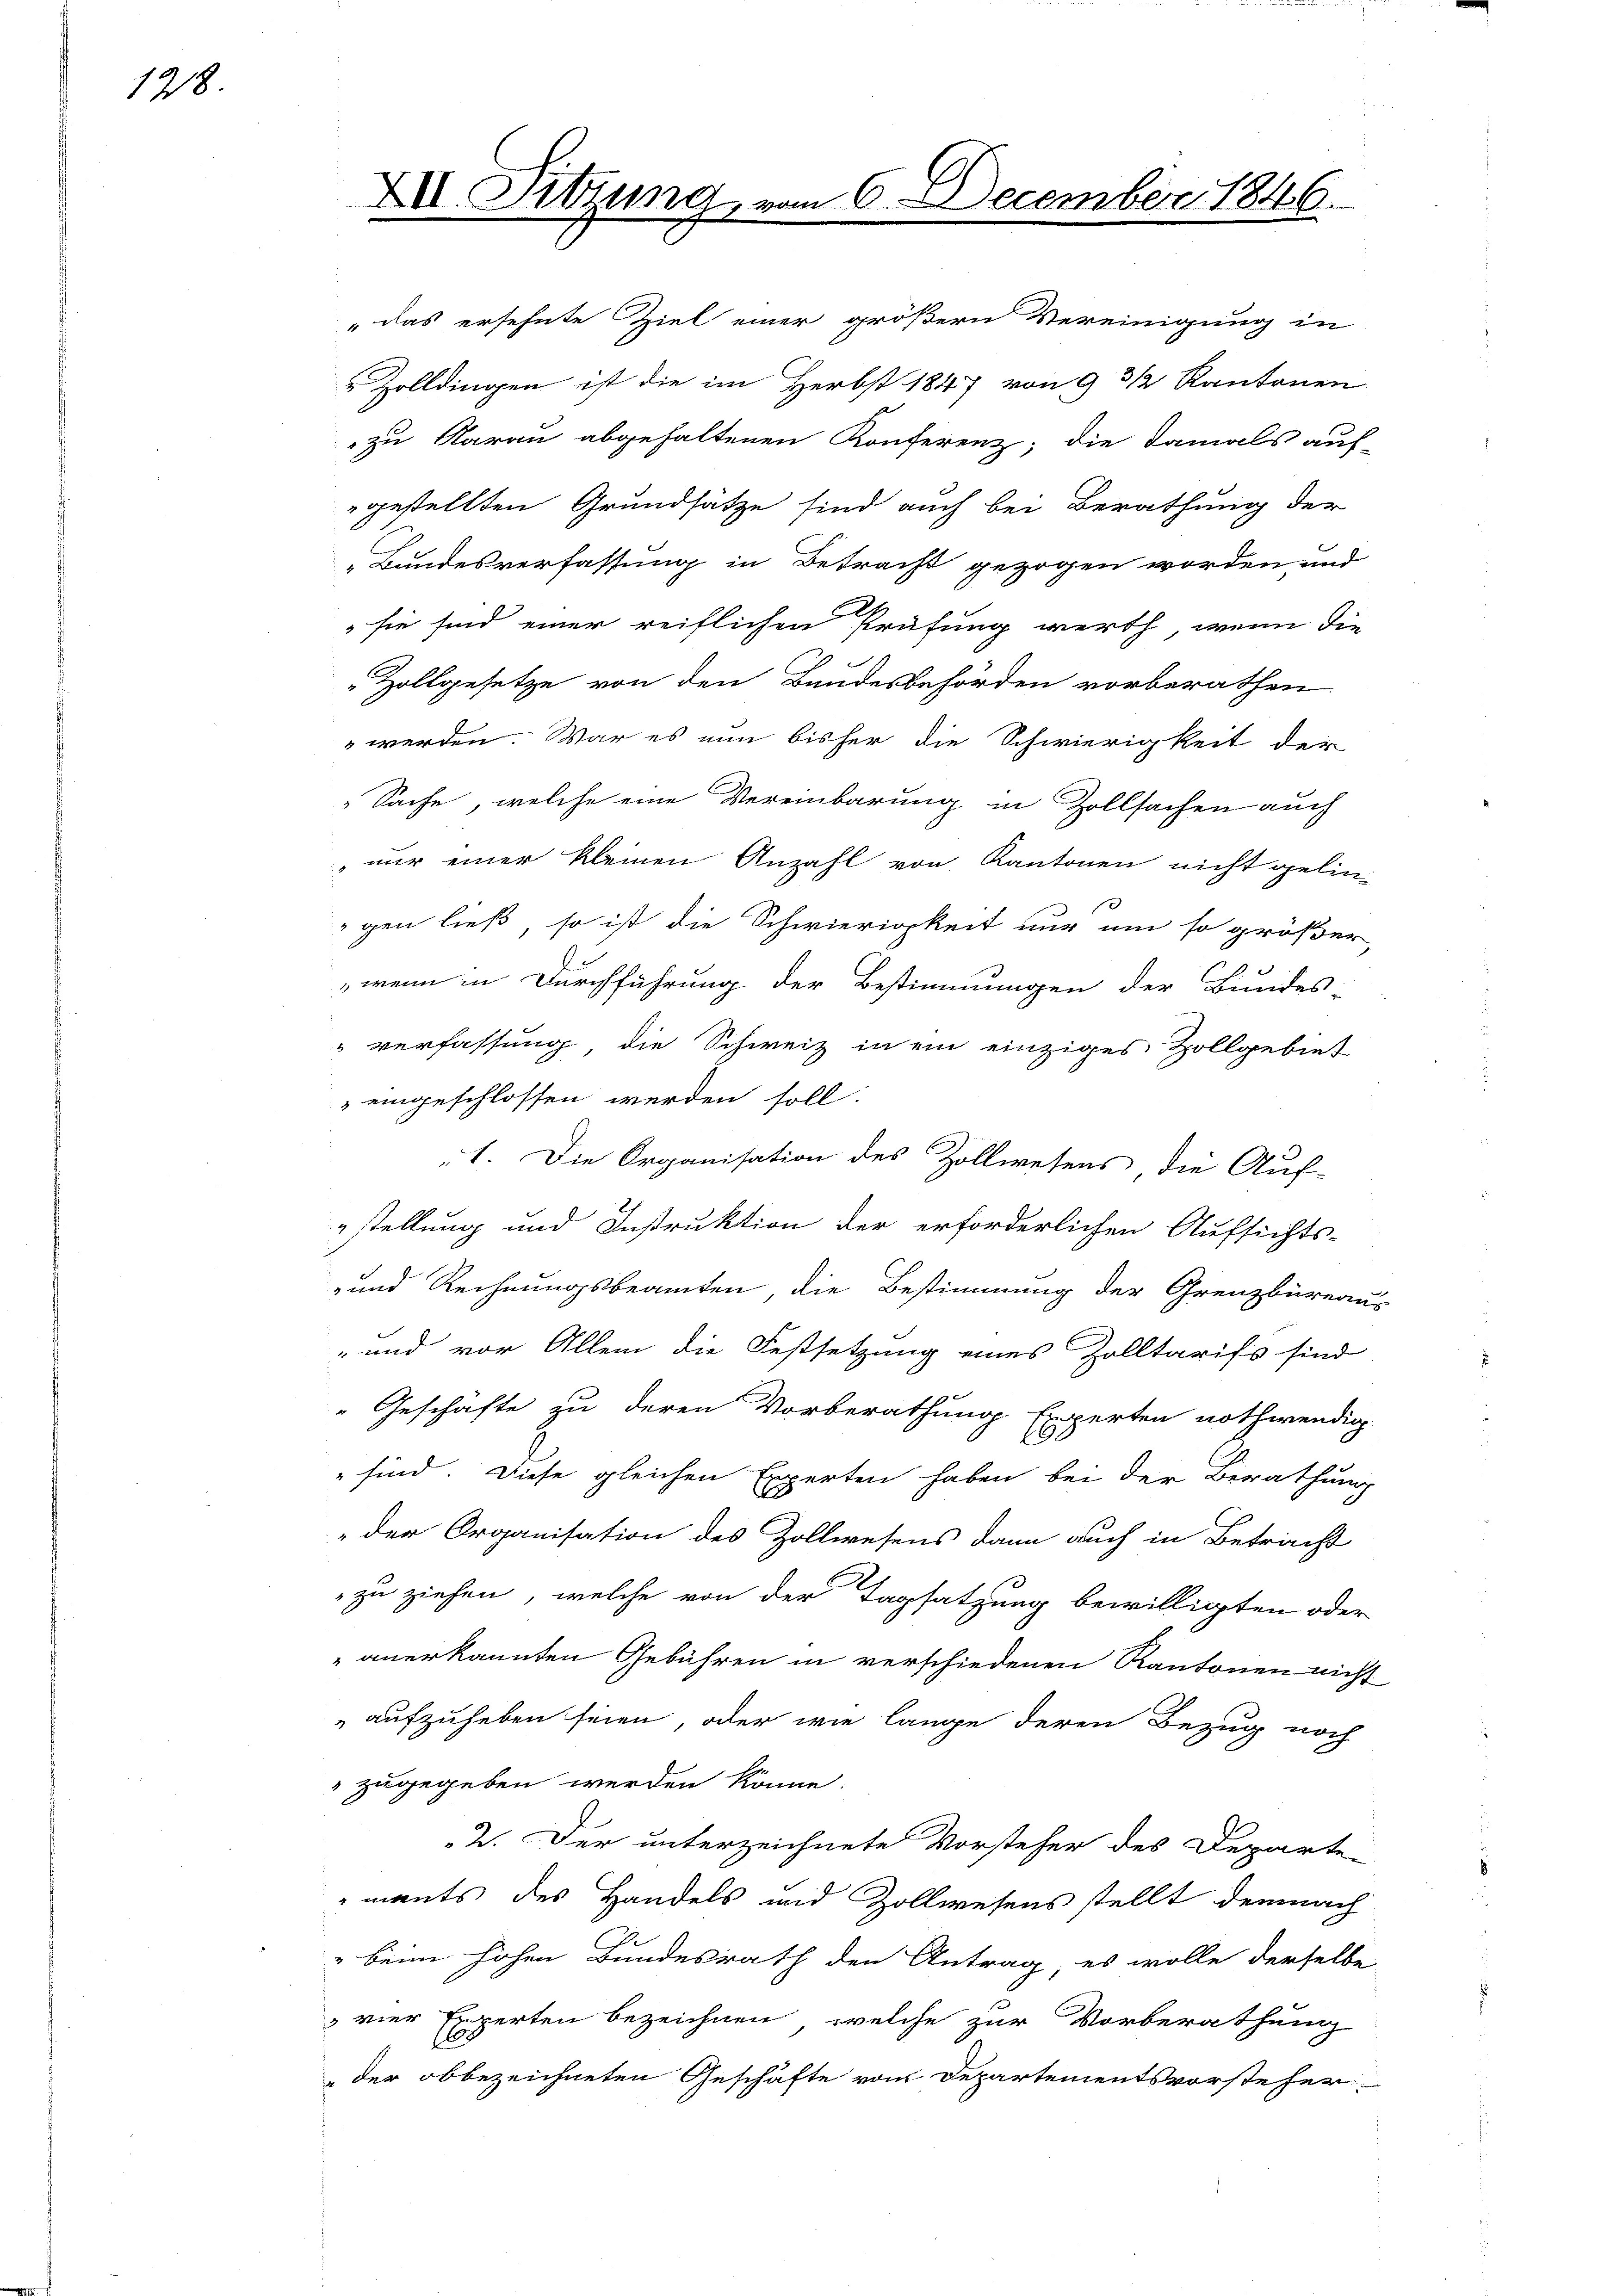
1218

"das ersehnte Ziel einer größern Vereinigung in
" Zolldingen ist die im Herbst 1847 von 9 3 1/2 Kantonen
zu Aarau abgehaltenen Konferenz; die Damals auf-
gestellten Grundsätze sind auch bei Berathung der
„Bundesverfassung in Betracht gezogen worden, und
sie sind einer reiflichen Prüfung werth, wenn die
Zollgesetze von den Bandesbehörden vorberathen
 werden. War es nun bisher die Schwierigkeit der
Sache, welche eine Vereinbarung in Zollsachen auch
 nur einer kleinen Anzahl von Kantonen nicht gelin-
e
gen ließ, so ist die Schwierigkeit nur um so größer
wenn in Durchführung der Bestimmungen der Bundes-
verfassung, die Schweiz in ein einziges Zollgebiet
eingeschlossen werden soll.
„1. Die Organisation des Zollwesens die Auf-
stellung und Instruktion der erforderlichen Aufsichts-
-und Rechnungsbeamten, die Bestimmung der Grenzbüreaus
-und vor Allem die Festsetzung eines Zolltarifs sind
"Geschäfte zu deren Vorberathung Experten nothwendig
" sind. Diese gleichen Experten haben bei der Berathung
„der Organisation des Zollwesens dann auch in Betracht
zu ziehen, welche von der Tagsatzung bewilligten oder
anerkannten Gebühren in verschiedenen Kantonen nicht
aufzuheben seien, oder wie lange deren Bezug noch
 zugegeben werden könne.
2. Der unterzeichnete Vorsteher des Departe
ments des Handels und Zollwesens stellt demnach
" beim hohen Bundesrath den Antrag, es wolle derselbe
vier Experten bezeichnen, welche zur Vorberathung
der obbezeichneten Geschäfte vom Departementsvorsteher

XII. Sitzung, vom 6. December 1846.